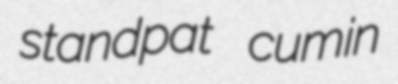
standpat cumin